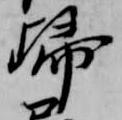
帰